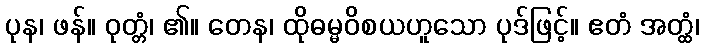
ပုန၊ ဖန်။ ဝုတ္တံ၊ ၏။ တေန၊ ထိုဓမ္မဝိစယဟူသော ပုဒ်ဖြင့်။ ဧတံ အတ္ထံ၊